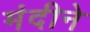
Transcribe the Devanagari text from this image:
मंदीने